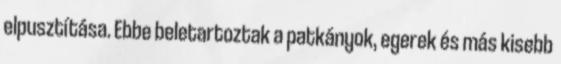
elpusztítása. Ebbe beletartoztak a patkányok, egerek és más kisebb